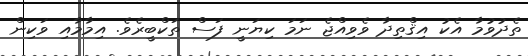
ތެދުވުމާ އެކު އިޤްތިދާ ވެވިއްޖެ ނަމަ ކިޔަނީ ފަސް ތަކްބީރެވެ. އިމާމާއި ވަކިން